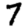
Digit: 7